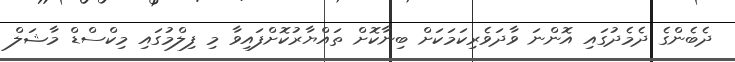
ދެބެންގެ ދެމެދުގައި އޮންނަ ވާދަވެރިކަމަކަށް ބިނާކޮށް ތައްޔާރުކޮށްފައިވާ މި ފިލްމުގައި މިކްސްޑް މާޝަލް